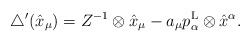
\begin{align*}\bigtriangleup'(\hat{x}_\mu)= Z^{-1}\otimes\hat{x}_\mu-a_\mu p^{\rm L}_\alpha\otimes\hat{x}^\alpha.\end{align*}